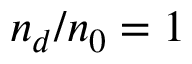
n _ { d } / n _ { 0 } = 1